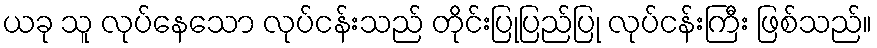
ယခု သူ လုပ်နေသော လုပ်ငန်းသည် တိုင်းပြုပြည်ပြု လုပ်ငန်းကြီး ဖြစ်သည်။